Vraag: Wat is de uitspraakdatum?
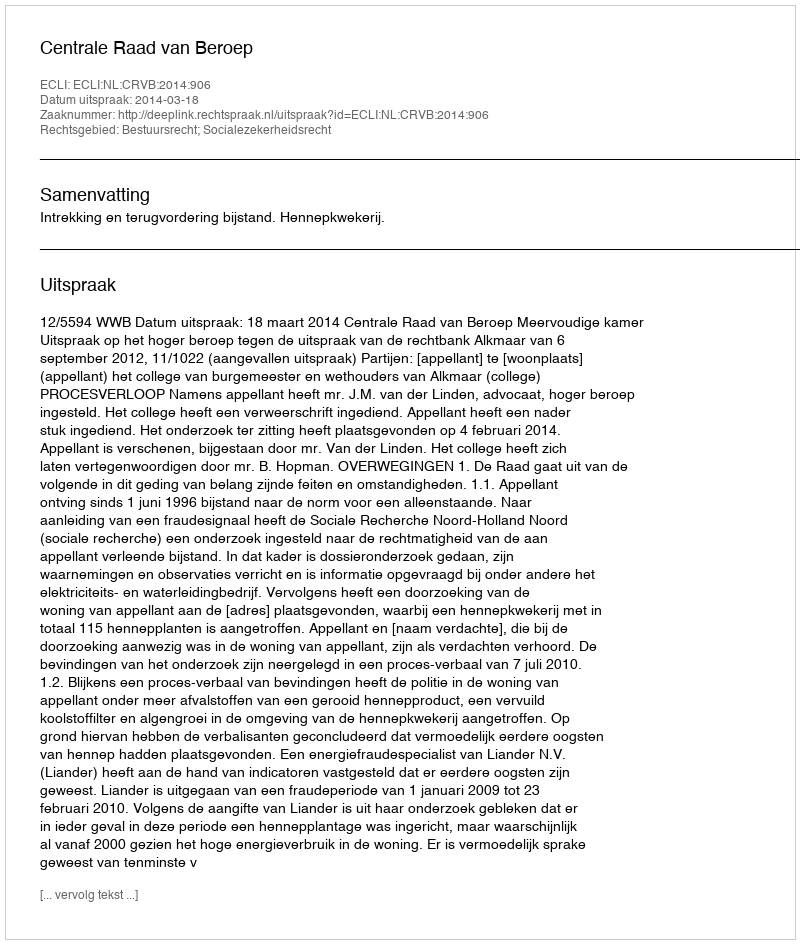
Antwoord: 2014-03-18